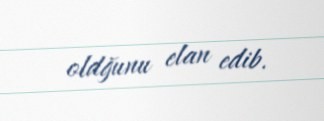
oldğunu elan edib.